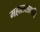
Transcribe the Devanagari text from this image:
महालसापति